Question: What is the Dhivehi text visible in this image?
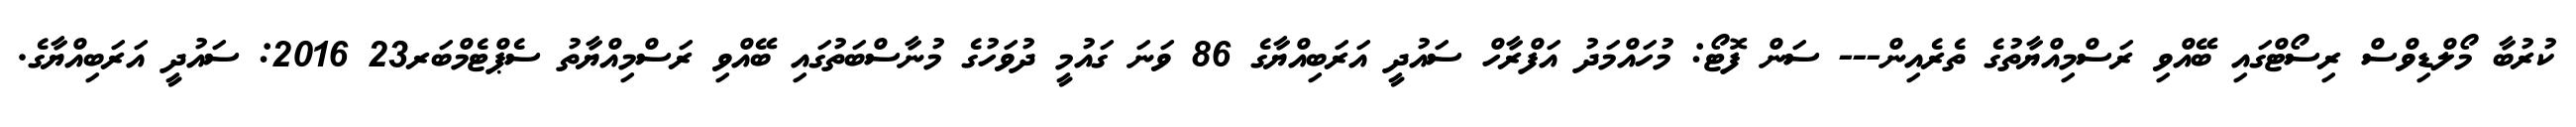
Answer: ކުރުބާ މޯލްޑިވްސް ރިސޯޓްގައި ބޭއްވި ރަސްމިއްޔާތުގެ ތެރެއިން--- ސަން ފޮޓޯ: މުހައްމަދު އަފްރާހް ސައުދީ އަރަބިއްޔާގެ 86 ވަނަ ގައުމީ ދުވަހުގެ މުނާސްބަތުގައި ބޭއްވި ރަސްމިއްޔާތު ސެޕްޓެމްބަރ23 2016: ސައުދީ އަރަބިއްޔާގެ.